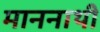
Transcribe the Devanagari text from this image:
माननाथी